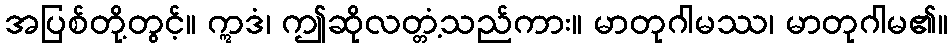
အပြစ်တို့တွင့်။ ဣဒံ၊ ဤဆိုလတ္တံ့သည်ကား။ မာတုဂါမဿ၊ မာတုဂါမ၏။